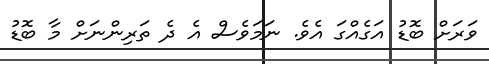
ވަރަށް ބޮޑު އަގެއްގަ އެވެ. ނަމަވެސް އެ ދެ ތަރިންނަށް މާ ބޮޑު